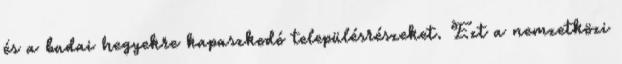
és a budai hegyekre kapaszkodó településrészeket. Ezt a nemzetközi